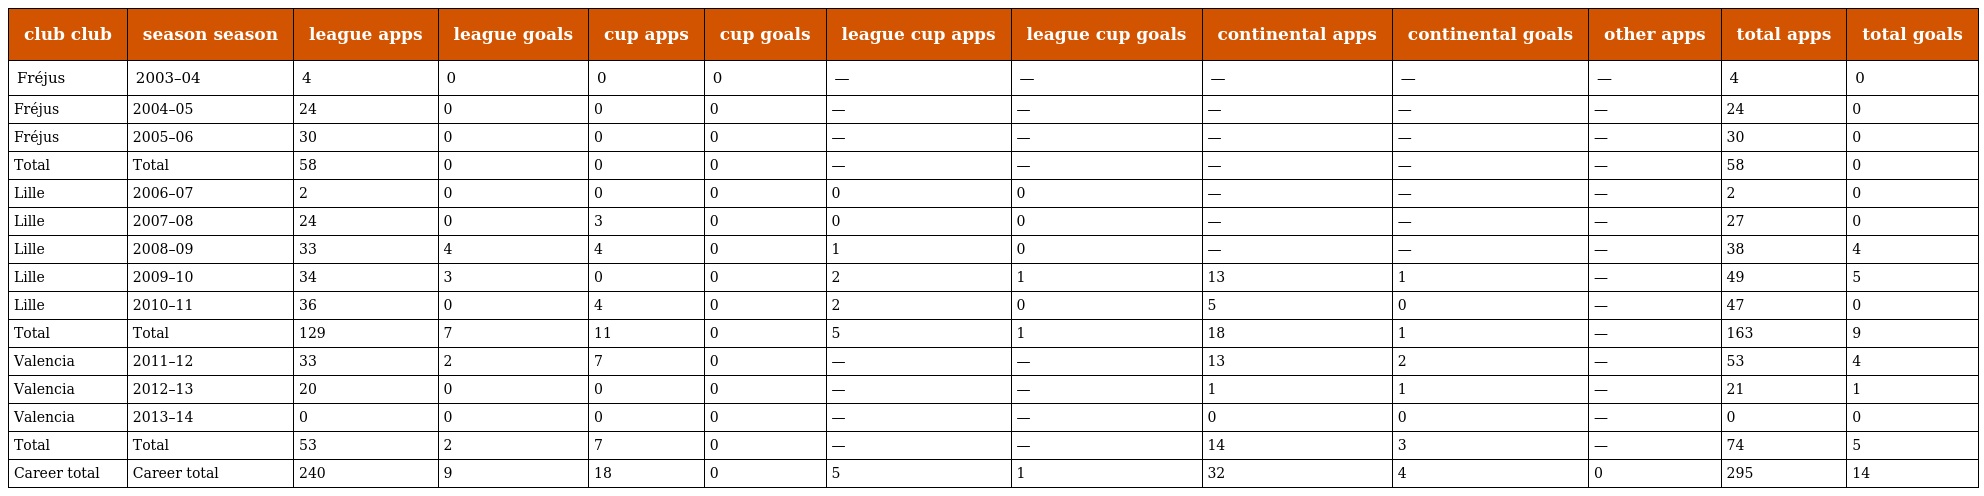
| club club | season season | league apps | league goals | cup apps | cup goals | league cup apps | league cup goals | continental apps | continental goals | other apps | total apps | total goals |
 | --- | --- | --- | --- | --- | --- | --- | --- | --- | --- | --- | --- | --- |
 | Fréjus | 2003–04 | 4 | 0 | 0 | 0 | — | — | — | — | — | 4 | 0 |
 | Fréjus | 2004–05 | 24 | 0 | 0 | 0 | — | — | — | — | — | 24 | 0 |
 | Fréjus | 2005–06 | 30 | 0 | 0 | 0 | — | — | — | — | — | 30 | 0 |
 | Total | Total | 58 | 0 | 0 | 0 | — | — | — | — | — | 58 | 0 |
 | Lille | 2006–07 | 2 | 0 | 0 | 0 | 0 | 0 | — | — | — | 2 | 0 |
 | Lille | 2007–08 | 24 | 0 | 3 | 0 | 0 | 0 | — | — | — | 27 | 0 |
 | Lille | 2008–09 | 33 | 4 | 4 | 0 | 1 | 0 | — | — | — | 38 | 4 |
 | Lille | 2009–10 | 34 | 3 | 0 | 0 | 2 | 1 | 13 | 1 | — | 49 | 5 |
 | Lille | 2010–11 | 36 | 0 | 4 | 0 | 2 | 0 | 5 | 0 | — | 47 | 0 |
 | Total | Total | 129 | 7 | 11 | 0 | 5 | 1 | 18 | 1 | — | 163 | 9 |
 | Valencia | 2011–12 | 33 | 2 | 7 | 0 | — | — | 13 | 2 | — | 53 | 4 |
 | Valencia | 2012–13 | 20 | 0 | 0 | 0 | — | — | 1 | 1 | — | 21 | 1 |
 | Valencia | 2013–14 | 0 | 0 | 0 | 0 | — | — | 0 | 0 | — | 0 | 0 |
 | Total | Total | 53 | 2 | 7 | 0 | — | — | 14 | 3 | — | 74 | 5 |
 | Career total | Career total | 240 | 9 | 18 | 0 | 5 | 1 | 32 | 4 | 0 | 295 | 14 |